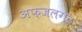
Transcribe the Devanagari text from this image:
अफ़जलगढ़